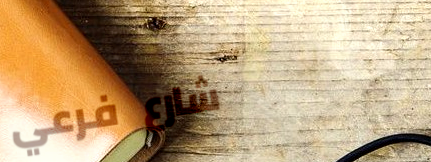
شارع فرعي